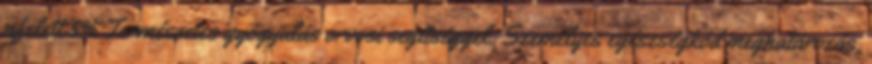
afelett 5% Természetes gyógyulás orvosi segítséggel. Személyes egészségkód meghatározás,